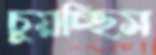
চুয়চ্ছিস